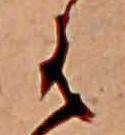
は